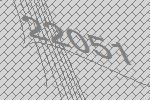
22051